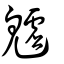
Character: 魖